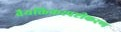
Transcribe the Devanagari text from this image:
वैयक्तिकस्पष्टीकरण